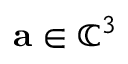
\mathbf a \in \mathbb C ^ { 3 }